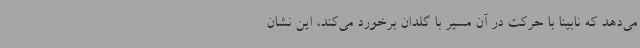
می‌دهد که نابینا با حرکت در آن مسیر با گلدان برخورد می‌کند، این نشان